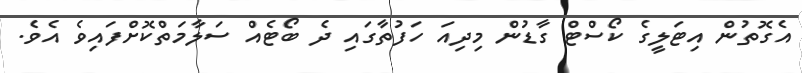
އެގޮތުން އިޓަލީގެ ކޯސްޓް ގާޑުން މިދިއަ ހަފުތާގައި ދެ ބޯޓެއް ސަލާމަތްކޮށްފައިވެ އެވެ.